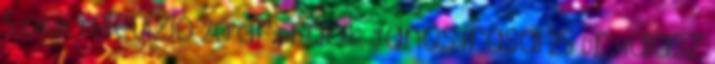
5 CMM Televízió 20 dr.Drábik János írásai 25 Dr.Halász